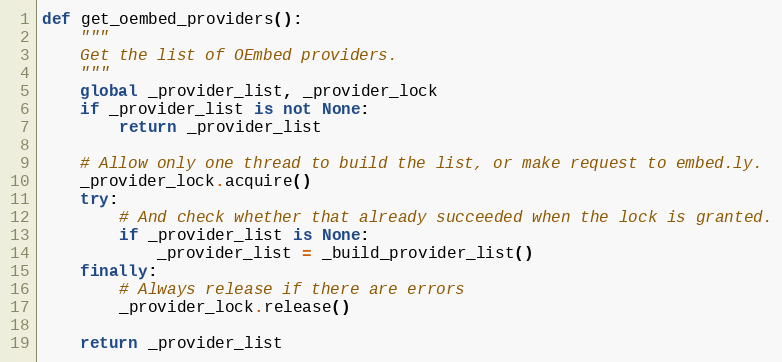
Language: Python
def get_oembed_providers():
    """
    Get the list of OEmbed providers.
    """
    global _provider_list, _provider_lock
    if _provider_list is not None:
        return _provider_list

    # Allow only one thread to build the list, or make request to embed.ly.
    _provider_lock.acquire()
    try:
        # And check whether that already succeeded when the lock is granted.
        if _provider_list is None:
            _provider_list = _build_provider_list()
    finally:
        # Always release if there are errors
        _provider_lock.release()

    return _provider_list